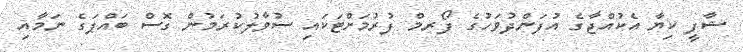
ޝާފީ ކިޔާ އެކުއްޖާގެ އުފަންދުވަހުގެ ފޯރމް ފުރުމަށްޓަކައި ސުވާލުކުރަމުން ގޮސް ބައްޕަގެ ނަމާއި